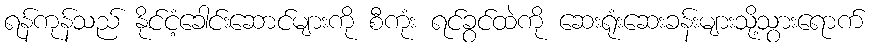
ရန်ကုန်သည် နိုင်ငံ့ခေါင်းဆောင်များကို စီကုံး ရင်ခွင်ထဲကို ဆေးရုံးဆေးခန်းများသို့သွားရောက်